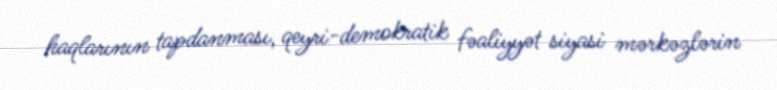
haqlarının tapdanması, qeyri-demokratik fəaliyyət siyasi mərkəzlərin